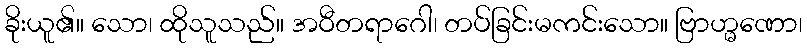
ခိုးယူ၏။ သော၊ ထိုသူသည်။ အဝီတရာဂေါ၊ တပ်ခြင်းမကင်းသော။ ဗြာဟ္မဏော၊